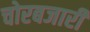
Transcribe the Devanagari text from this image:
चोरबजारी